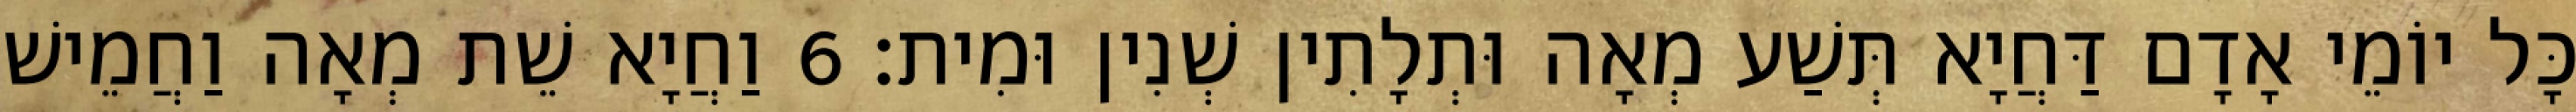
כָּל יוֹמֵי אָדָם דַּחֲיָא תְּשַׁע מְאָה וּתְלָתִין שְׁנִין וּמִית׃ 6 וַחֲיָא שֵׁת מְאָה וַחֲמֵישׁ